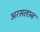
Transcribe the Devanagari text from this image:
अरसलान